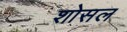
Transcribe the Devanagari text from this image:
शोसल